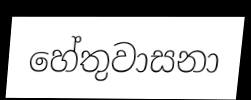
හේතුවාසනා